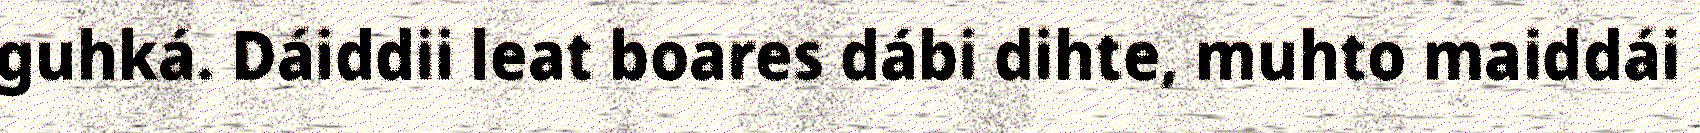
guhká. Dáiddii leat boares dábi dihte, muhto maiddái